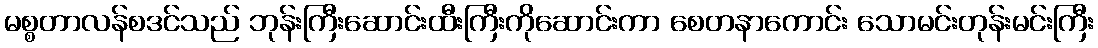
မစ္စတာလန်စဒင်သည် ဘုန်းကြီးဆောင်းထီးကြီးကိုဆောင်းကာ စေတနာကောင်း သောမင်းတုန်းမင်းကြီး